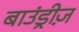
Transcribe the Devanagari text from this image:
बाउंड्रीज़